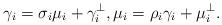
LaTeX: \begin{align*} \gamma_i = \sigma_i \mu_i + \gamma_i^\perp, \mu_i = \rho_i \gamma_i + \mu_i^\perp.\end{align*}